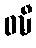
ဝဍ္ဎီ